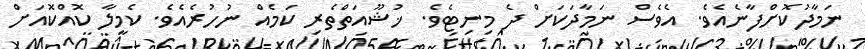
ނަމާދުކޮށްފާނެއެވެ. އެވެސް ނަމާދަކަށް ދެ މިނިޓެވެ. ޚުޝޫއަތްތެރި ކަމެއް ނުހުރެއެވެ. ކެމީލާ ކޮއްކޮއަށް